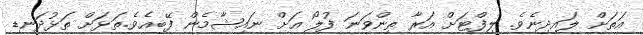
އަތަށް ލަައިދިނެވެ. ލިފްޓަށް އަރާ ތިންވަނަ ފުލޯ އަށް ނައިޝާމެން ފޭބިއެވެ.ތަޅަށް ތަޅުދަނޑި